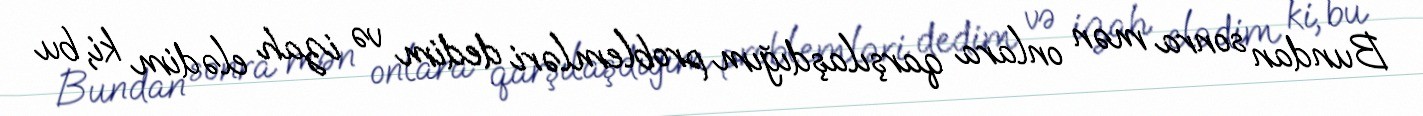
Bundan sonra mən onlara qarşılaşdığım problemləri dedim və izah elədim ki, bu